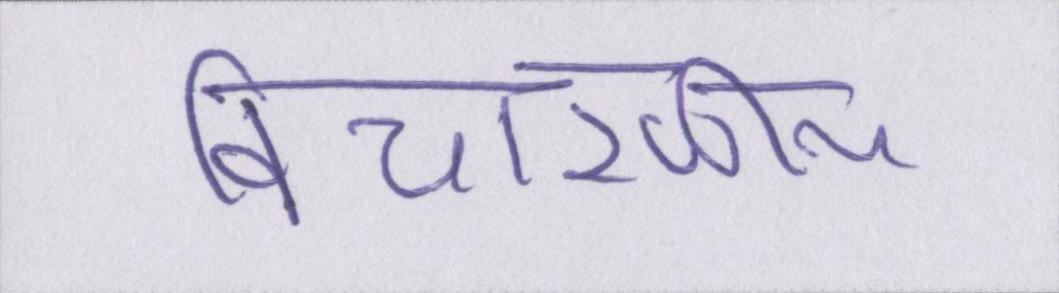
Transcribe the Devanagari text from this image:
विचारणीय